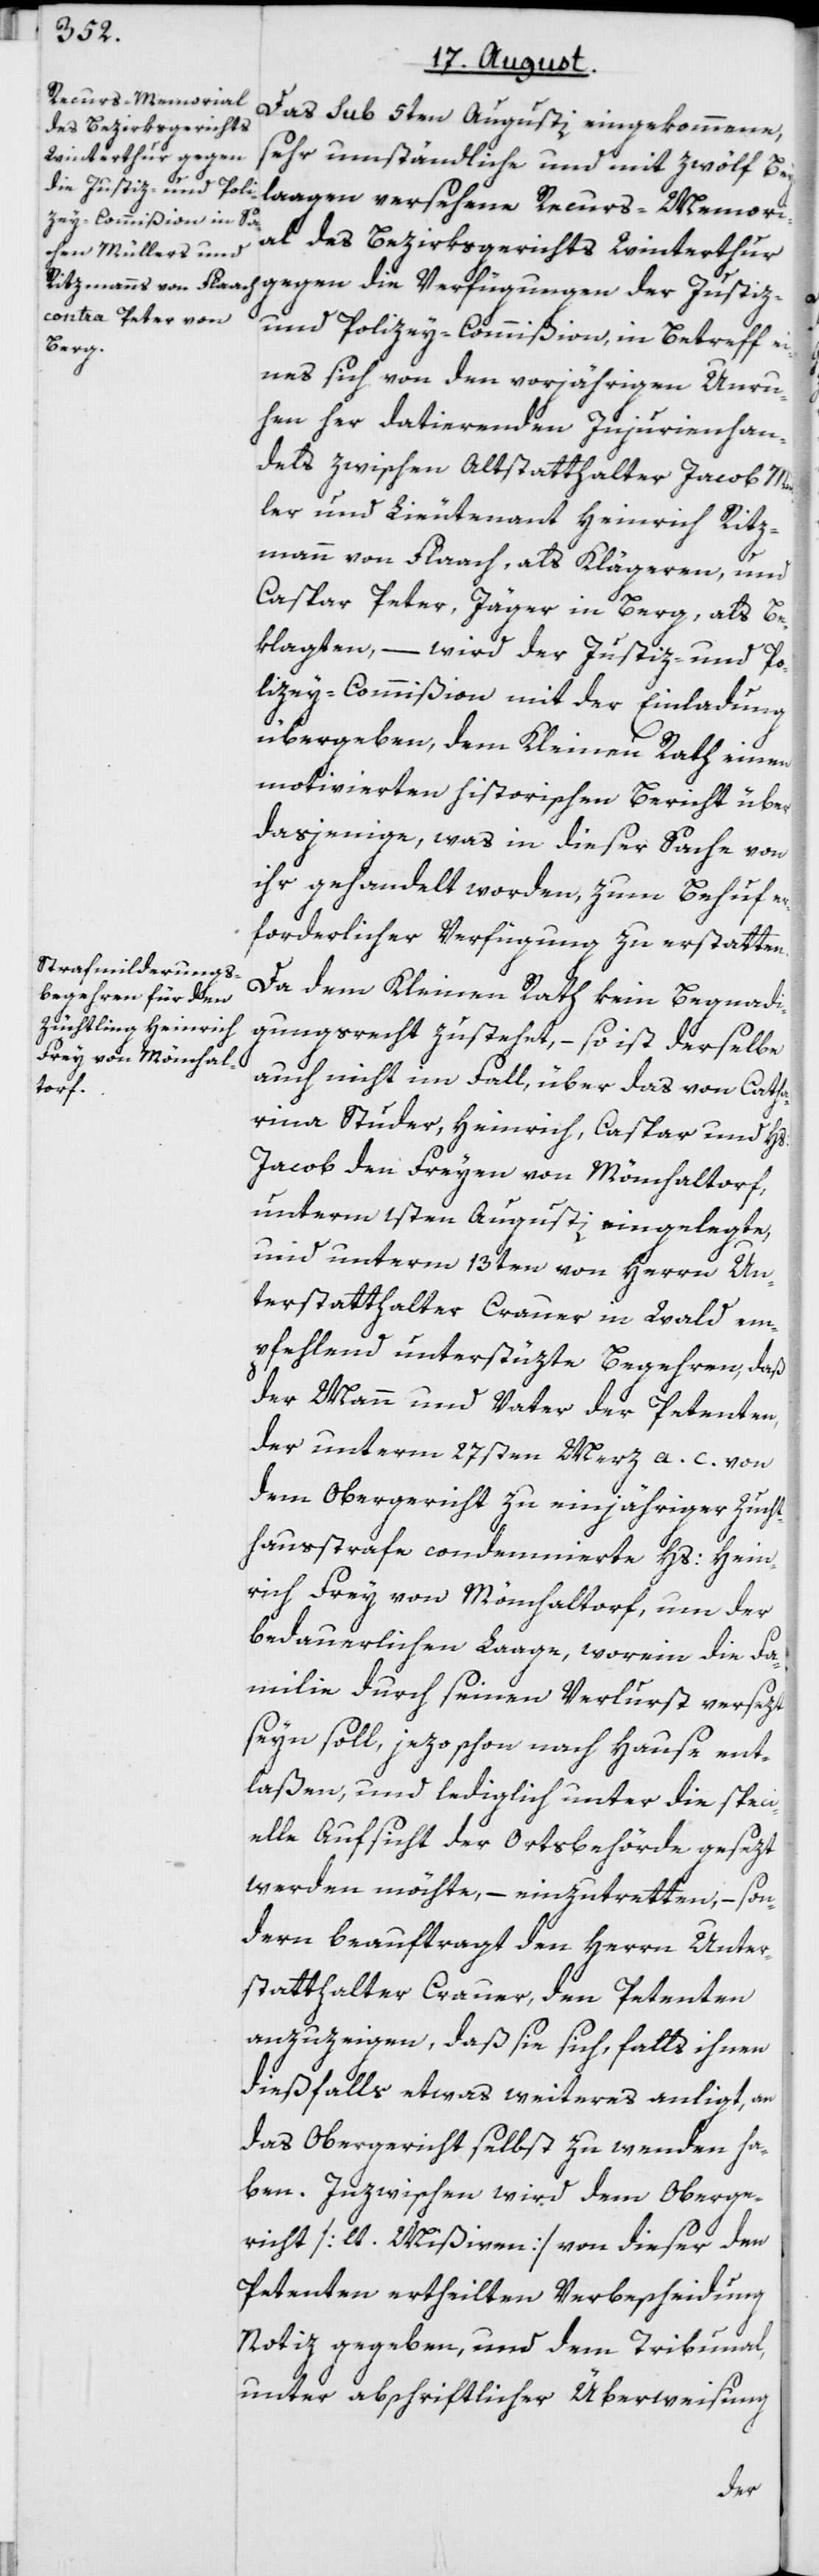
Das sub 5ten Augusti eingekommene,
des Bezirksgerichts
Winterthur gegen
sehr umständliche und mit zwölf Bey¬
laagen versehene Recurs-Memorial
und Polizey-Commißion, in Betreff ei¬
nes sich von den vorjährigen Unru¬
hen her datierenden Injurienhan¬
dels zwischen Altstatthalter Jacob Mül¬
ler und Lieutenant Heinrich Ritz¬
mann von Flaach, als Klägeren, und
Caspar Peter, Jäger in Berg, als Be¬
klagten, – wird der Justiz- und Po¬
lizey-Commißion mit der Einladung
übergeben, dem Kleinen Rath einen
motivierten historischen Bericht über
dasjenige, was in dieser Sache von
ihr gehandelt worden, zum Behuf er¬
forderlicher Verfügung zu erstatten.
Da dem Kleinen Rath kein Begnadi¬
gungsrecht zustehet, – so ist derselbe
auch nicht im Fall, über das von Catha¬
rina Studer, Heinrich, Caspar und Hs:
Jacob den Freyen von Mönchaltorf,
unterm 1sten Augusti eingelegte,
und unterm 13ten von Herrn Un¬
terstatthalter Crauer in Wald em¬
pfehlend unterstüzte Begehren, daß
der Mann und Vater der Petenten,
der unterm 27sten Merz a. c. von
dem Obergericht zu einjähriger Zucht¬
hausstrafe condemnierte Hs: Hein¬
rich Frey von Mönchaltorf, um der
bedauerlichen Laage, worein die Fa¬
milie durch seinen Verlurst versezt
seyn soll, jezo schon nach Hause ent¬
laßen, und lediglich unter die speci¬
elle Aufsicht der Ortsbehörde gesezt
werden möchte, – einzutretten, – son¬
dern beauftragt den Herrn Unter¬
statthalter Crauer, den Petenten
anzuzeigen, daß sie sich, falls ihnen
dießfalls etwas weiteres anligt, an
das Obergericht selbst zu wenden ha¬
ben. Inzwischen wird dem Oberge¬
richt [lt. Mißiven] von dieser den
Petenten ertheilten Verbescheidung
Notiz gegeben, und dem Tribunal,
unter abschriftlicher Überweisung
der